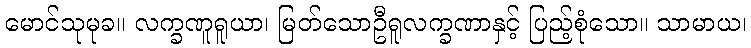
မောင်သုမုခ။ လက္ခဏူရူယာ၊ မြတ်သောဦရူလက္ခဏာနှင့် ပြည့်စုံသော။ သာမာယ၊